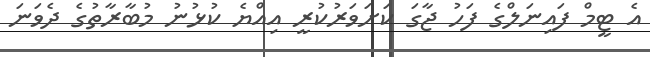
އެ ޓީމް ފައިނަލްގެ ފަހު ޖާގަ ކަށަވަރުކުރީ އިއްޔެ ކުޅުނު މުބާރާތުގެ ދެވަނަ